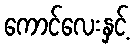
ကောင်လေးနှင့်